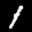
Label: 1